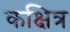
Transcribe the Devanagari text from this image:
कक्षित्र